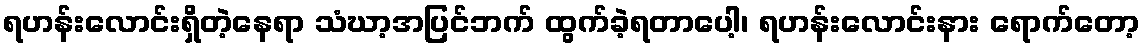
ရဟန်းလောင်းရှိတဲ့နေရာ သံဃာ့အပြင်ဘက် ထွက်ခဲ့ရတာပေါ့၊ ရဟန်းလောင်းနား ရောက်တော့